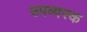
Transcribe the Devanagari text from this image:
उपव्यस्क